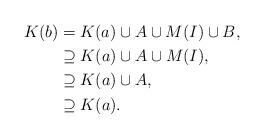
LaTeX: \begin{align*}K(b)&= K(a)\cup A\cup M(I) \cup B,\\&\supseteq K(a)\cup A\cup M(I),\\&\supseteq K(a)\cup A,\\&\supseteq K(a).\end{align*}